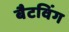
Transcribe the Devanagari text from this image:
बैटविंग